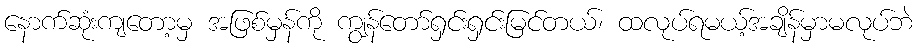
နောက်ဆုံးကျတော့မှ အဖြစ်မှန်ကို ကျွန်တော်ရှင်းရှင်းမြင်တယ်၊ ထလုပ်ရမယ့်အချိန်မှာမလုပ်ဘဲ